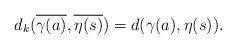
LaTeX: \begin{align*}d_k(\overline{\gamma(a)}, \overline{\eta(s)})=d({\gamma(a)}, {\eta(s)}) .\end{align*}